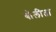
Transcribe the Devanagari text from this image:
बोलीता